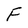
Character: F